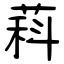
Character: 萪